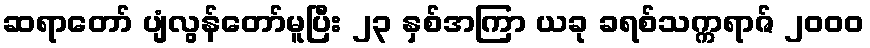
ဆရာတော် ပျံလွန်တော်မူပြီး ၂၃ နှစ်အကြာ ယခု ခရစ်သက္ကရာဇ် ၂၀၀၀